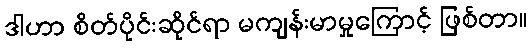
ဒါဟာ စိတ်ပိုင်းဆိုင်ရာ မကျန်းမာမှုကြောင့် ဖြစ်တာ။